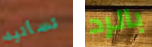
تسأليه بالرد